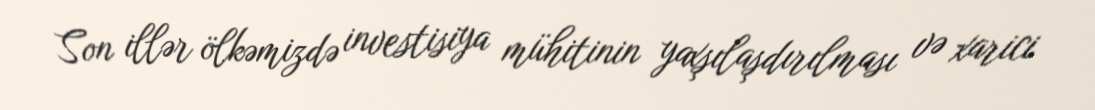
Son illər ölkəmizdə investisiya mühitinin yaxşılaşdırılması və xarici